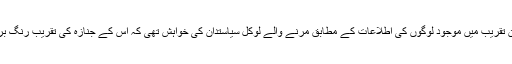
تازہ ترین تقریب میں موجود لوگوں کی اطلاعات کے مطابق مرنے والے لوکل سیاستدان کی خواہش تھی کہ اس کے جنازہ کی تقریب رنگ برنگی ہو۔